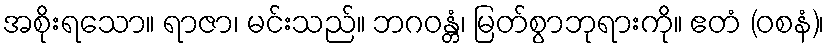
အစိုးရသော။ ရာဇာ၊ မင်းသည်။ ဘဂဝန္တံ၊ မြတ်စွာဘုရားကို။ ဧတံ (ဝစနံ)၊